Lunatic asylums Burma 1922-24 - 1922-1924
Year: 1922
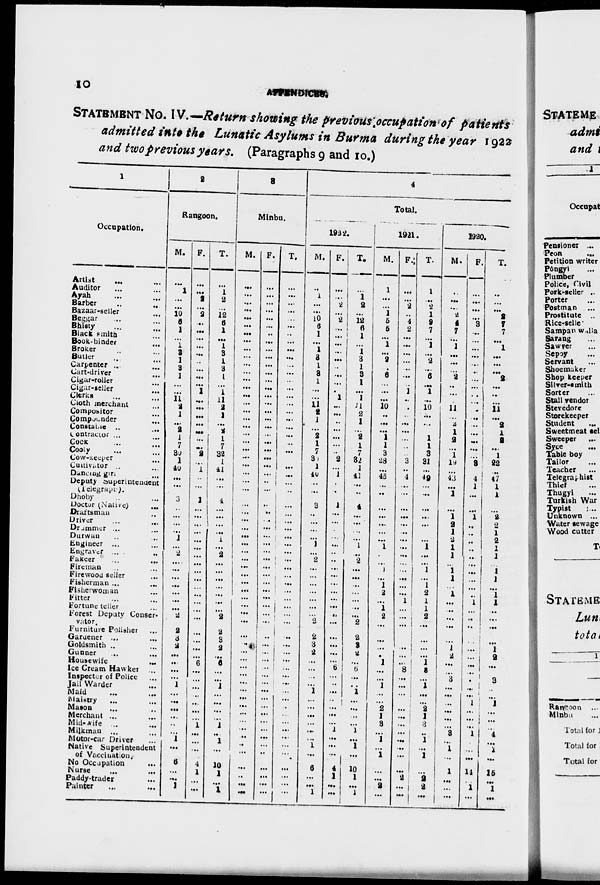
10
APPENDICES
STATEMENT No. IV.—Return showing the previous occupation of patients
admitted into the Lunatic Asylums in Burma during the year 1922
and two previous years. (Paragraphs 9 and 10.)
1
Occupation.
Artist ... ...
Auditor ... ...
Ayah ... ...
Barber
...
...
Bazaar-seller ... ...
Beggar ... ...
Bhisty ... ...
Blacksmith ... ...
Book-binder ... ...
Broker ... ...
Butler ... ...
Carpenter ... ...
Cart-driver ... ...
Cigar-roller ... ...
Cigar-seller ... ...
Clerks ... ...
Cloth merchant ...
Compositor ...
Compander
...
Constable ... ...
Contractor ... ...
Cock ... ...
Cooly ... ...
Cow-Keeper ... ...
Cultivator ...
Dancing girl ...
Deputy Superintendent
(Telegraph ).
Dhoby ...
Doctor (Native)
...
Draftsman ...
Driver ... ...
Drammer ... ...
Durwan ... ...
Engineer ... ...
Engraver ... ...
Fakeer
...
...
Fireman ... ...
Firewood seller ...
Fisherman ...
Fisherwoman ...
Fitter ... ...
Fortune teller ...
Forest Deputy Conser-
vator.
Furniture Polisher ...
Garuener ...
Goldsmith .. ...
Gunner ... ...
Housewife
...
Ice Cream Hawker
...
Inspector of Police ...
Jail Warder ...
Maid ... ...
Maistry ... ...
Mason ... ...
Merchant ... ...
Mid-wife ... ...
Milkman ... ...
Motor-car Driver ...
Native Superintendent
of Vaccination
No Occupation ...
Nurse
...
...
Paddy-trader ...
Painter
...
...
2
Rangoon.
M.
...
1
...
...
10
6
1
...
1 3
1
3
1
...
...
11
2 1
...
2
1 7
30
1
40
...
...
3
...
...
...
...
1
...
2
...
...
...
...
...
...
...
2
2
3
2
...
...
...
...
1
...
...
...
...
...
...
1
...
6
...
...
1
F.
...
...
2
...
2
...
...
...
...
...
...
...
...
...
1
...
...
...
...
...
...
...
2
...
1
...
...
1
...
...
...
...
...
...
...
...
...
...
...
...
...
...
...
...
...
...
...
6
...
...
...
...
...
...
...
1
...
...
..
4
1
...
....
T.
...
1
2
...
12
6
1
...
1
3
1
3 1
...
1
11
2
1
...
2
1
7
32
1
41
...
...
4
...
...
...
...
1
...
2
...
...
...
...
...
...
...
2
2
3
2
...
6
...
...
1
...
...
...
...
1
..
1
...
10
1
...
1
3
Minbu.
M.
...
...
...
...
...
...
...
...
...
...
...
...
...
...
...
...
...
...
...
...
...
...
...
...
...
...
...
...
...
...
...
...
...
...
...
...
...
...
...
...
...
...
...
...
...
...
...
...
...
...
...
...
...
...
...
...
..
..
...
...
...
...
...
F.
...
...
...
...
...
...
...
...
...
...
...
...
...
...
...
...
...
...
...
...
...
...
...
...
...
...
...
..
..
...
...
...
...
...
...
...
...
...
...
...
...
...
...
...
...
...
...
...
...
...
...
...
...
...
...
...
...
...
...
...
...
...
...
T.
...
...
...
...
...
...
..
...
...
...
...
...
...
...
...
...
...
...
...
...
...
...
...
...
...
...
...
...
...
...
...
...
...
...
...
...
...
...
...
...
...
...
...
...
...
...
...
...
...
...
...
...
...
...
...
...
...
...
...
...
...
...
...
4
Total.
1922.
M.
...
1
...
...
10
6
1
...
1
3
1
3
1
...
...
11
2
1
...
2
1
7
30
1
40
...
...
3
...
...
...
...
1
...
2
...
...
...
...
...
...
...
2
2
3
2
...
...
...
...
1
...
...
...
...
...
...
1
...
6
...
...
1
F.
...
...
2
...
2
...
...
...
...
...
...
...
...
...
1
...
...
...
...
...
...
...
2
...
1
...
...
1
...
...
...
...
...
..
...
...
...
...
...
...
...
...
...
...
...
...
...
6
...
..
...
..
...
...
...
1
...
...
...
4
1
...
...
T.
...
1
2
...
12
6
1
...
1
3
1
3
1
...
...
11
2
1
...
2
1
7
32
1
41
...
...
4
...
...
...
...
1
...
2
...
...
...
...
...
...
...
2
2
3
2
...
6
...
...
1
...
...
...
...
1
...
1
...
10
1
...
1
1921.
M.
1
...
...
1
5
5
...
1
...
2
...
6
...
...
...
10
...
...
...
1
1
3
28
...
45
...
..
...
...
...
...
...
1
...
...
1
...
1
2
...
1 2
...
...
...
...
1
...
...
1
...
...
2
1
3
...
1
...
1
...
...
2
...
F.
...
...
2
...
4
2
...
...
...
...
...
...
...
1 ...
...
...
...
...
...
...
...
3
...
4
...
...
...
...
...
...
...
...
...
...
...
...
...
...
1
...
...
...
...
...
...
...
8
...
...
...
...
...
...
...
...
...
...
...
...
2
...
...
T.
1
...
2 1
9
7
...
1
...
2
...
6
...
1
...
10
...
...
...
1
1
3
31
...
49
...
...
...
...
...
...
...
1
...
...
1
...
1
2
1
1
2
...
...
...
...
1
8
...
1
...
...
2
1
3
...
1
...
1
...
2
2
...
1920.
M.
...
...
...
2
4
7
...
1
...
...
...
2
...
...
...
11
...
2
1
2
...
1
19
...
43
...
1
...
1
2 1
2
1
1
...
1
1
...
1
...
...
...
...
...
1
2
...
...
3
...
...
...
...
...
...
3
...
1
...
1
...
...
...
F.
...
...
...
...
3
...
...
...
...
...
...
...
...
...
...
...
...
..
...
...
...
...
3
...
4
1
...
...
1
...
...
...
..
..
...
...
...
...
...
1
...
...
...
...
...
...
...
...
...
...
...
1
...
...
...
1
...
...
...
14
...
1
...
T.
...
...
...
2
7
7
...
1
...
...
...
2
...
...
...
11 ...
2
1
2
...
1
22
...
47 1
1
...
2
2
1
2 1
1
...
1
1
...
1
1
...
...
...
...
1
2
...
...
3
...
...
1
...
...
...
4
...
1
...
15
...
1
...